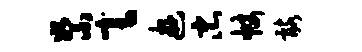
絮毫游忠帐髂